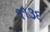
૧૧૩૬